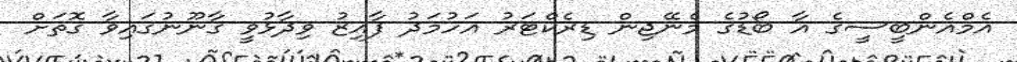
އެމްއެންބީސީގެ އާ ބޯޑުގެ މެނޭޖިން ޑިރެކްޓަރު އަހުމަދު ފާއިޒު ވިދާޅުވީ ގާނޫނުގައިވާ ގޮތަށް